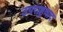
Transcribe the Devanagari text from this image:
उपराष्ट्रवाद